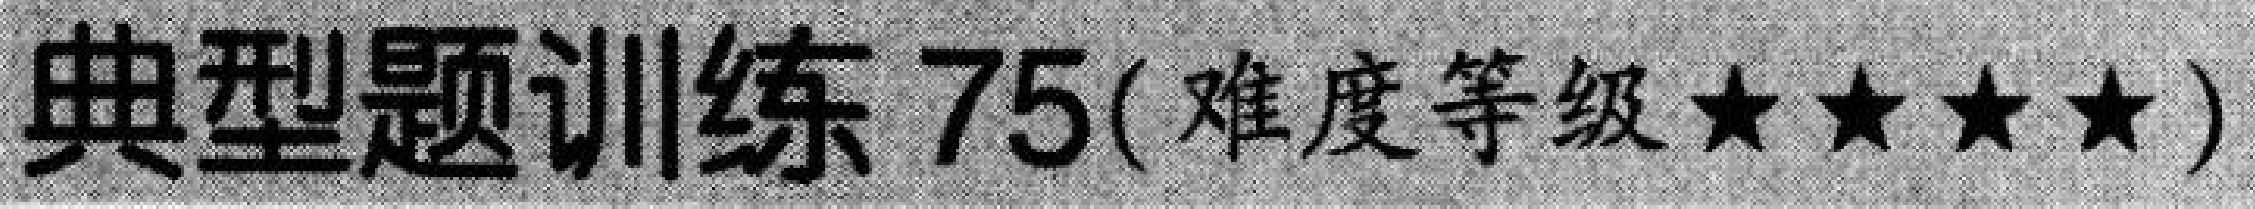
典型题训练 75(难度等级★★★★)